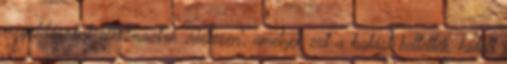
megoldásokat alkalmaztak „viccesen”, amelyek ezt a hatást keltették, holott